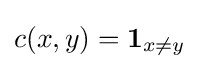
c(x,y)={\mathbf {1} }_{x\neq y}